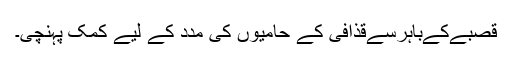
قصبےکےباہرسےقذافی کے حامیوں کی مدد کے لیے کمک پہنچی۔